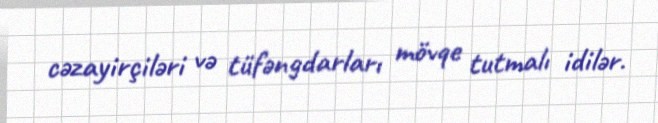
cəzayirçiləri və tüfəngdarları mövqe tutmalı idilər.